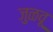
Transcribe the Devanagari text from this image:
जुळवू